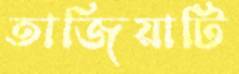
তাজিয়াটি